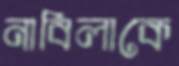
নাবিলাকে